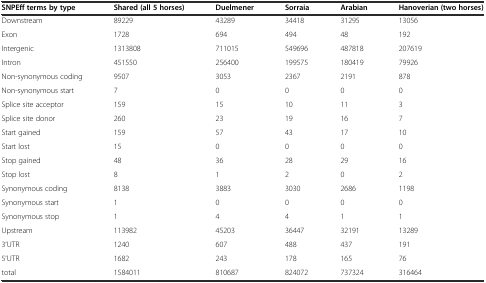
<table><thead><tr><td><b>SNPEff terms by type</b></td><td><b>Shared (all 5 horses)</b></td><td><b>Duelmener</b></td><td><b>Sorraia</b></td><td><b>Arabian</b></td><td><b>Hanoverian (two horses)</b></td></tr></thead><tbody><tr><td>Downstream</td><td>89229</td><td>43289</td><td>34418</td><td>31295</td><td>13056</td></tr><tr><td>Exon</td><td>1728</td><td>694</td><td>494</td><td>48</td><td>192</td></tr><tr><td>Intergenic</td><td>1313808</td><td>711015</td><td>549696</td><td>487818</td><td>207619</td></tr><tr><td>Intron</td><td>451550</td><td>256400</td><td>199575</td><td>180419</td><td>79926</td></tr><tr><td>Non-synonymous coding</td><td>9507</td><td>3053</td><td>2367</td><td>2191</td><td>878</td></tr><tr><td>Non-synonymous start</td><td>7</td><td>0</td><td>0</td><td>0</td><td>0</td></tr><tr><td>Splice site acceptor</td><td>159</td><td>15</td><td>10</td><td>11</td><td>3</td></tr><tr><td>Splice site donor</td><td>260</td><td>23</td><td>19</td><td>16</td><td>7</td></tr><tr><td>Start gained</td><td>159</td><td>57</td><td>43</td><td>17</td><td>10</td></tr><tr><td>Start lost</td><td>15</td><td>0</td><td>0</td><td>0</td><td>0</td></tr><tr><td>Stop gained</td><td>48</td><td>36</td><td>28</td><td>29</td><td>16</td></tr><tr><td>Stop lost</td><td>8</td><td>1</td><td>2</td><td>0</td><td>2</td></tr><tr><td>Synonymous coding</td><td>8138</td><td>3883</td><td>3030</td><td>2686</td><td>1198</td></tr><tr><td>Synonymous start</td><td>1</td><td>0</td><td>0</td><td>0</td><td>0</td></tr><tr><td>Synonymous stop</td><td>1</td><td>4</td><td>4</td><td>1</td><td>1</td></tr><tr><td>Upstream</td><td>113982</td><td>45203</td><td>36447</td><td>32191</td><td>13289</td></tr><tr><td>3‘UTR</td><td>1240</td><td>607</td><td>488</td><td>437</td><td>191</td></tr><tr><td>5‘UTR</td><td>1682</td><td>243</td><td>178</td><td>165</td><td>76</td></tr><tr><td>total</td><td>1584011</td><td>810687</td><td>824072</td><td>737324</td><td>316464</td></tr></tbody></table>